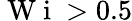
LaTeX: \mathrm{~W~i~}>0.5